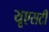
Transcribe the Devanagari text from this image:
यूएसटी